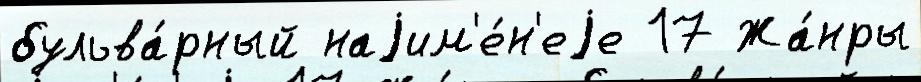
бульва́рный наjим'е́н'еjе 17 Жа́нры